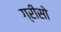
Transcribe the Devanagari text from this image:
ग्रीसो